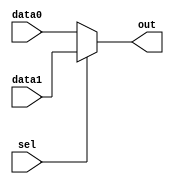
`timescale 1ns / 1ps

//////////////////////////////////////////////////////////////////////////////////
module MUXM1(out,
             data0,
             data1,
             sel);
parameter acc_width=16;
output[acc_width-1:0] out;
input[acc_width-1:0] data0,
                     data1;
input sel;

assign out=sel?data1:data0;               
endmodule